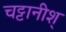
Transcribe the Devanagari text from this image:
चट्टानीश्